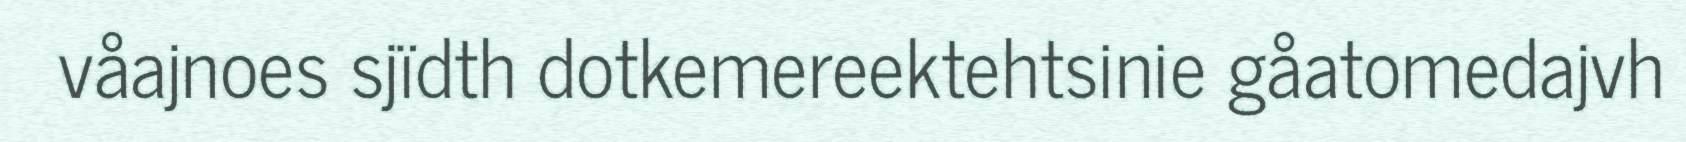
våajnoes sjïdth dotkemereektehtsinie gåatomedajvh